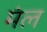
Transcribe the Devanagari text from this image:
मंल